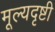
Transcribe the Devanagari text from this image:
मूल्यदृष्टी